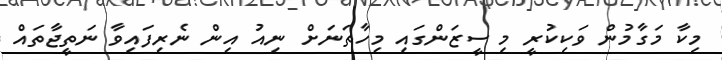
މިކާ މަގާމުން ވަކިކުރީ މި ސީޒަންގައި މިހާތަނަށް ނިއު އިން ނެރިފައިވާ ނަތީޖާތައް